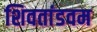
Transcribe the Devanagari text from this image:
शिवतांडवम